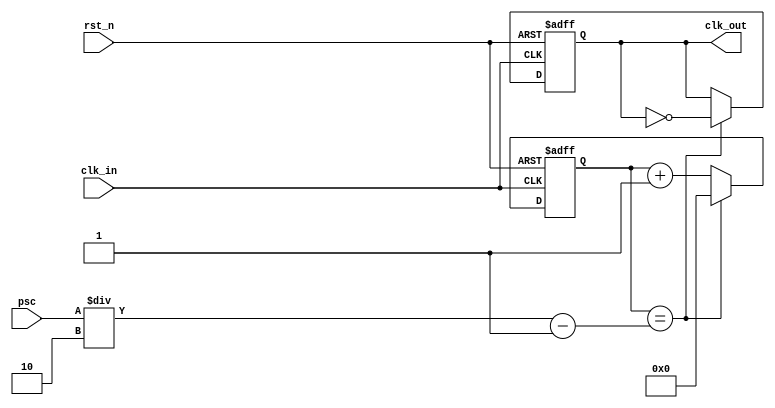
module prescale
(
	input wire 		clk_in,
	input wire 		rst_n,
	input wire[7:0] psc,
	output reg 		clk_out
);

reg[7:0]	cnt;

//
always@(posedge clk_in or negedge rst_n)
begin
	if(!rst_n)
	begin
		cnt <= 8'b0;
		clk_out <= 1'b0;
	end
	else if(cnt == (psc/2-1))
	begin
		cnt <= 8'b0;
		clk_out <= ~clk_out;
	end
	else
		cnt <= cnt + 1'b1;
end


endmodule